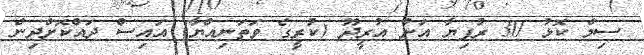
ސިމް ކޮޅު 30 ރުފިޔާ އަށް އުރީދޫ (ކުރީގެ ވަތަނިއްޔާ) އައިސް ދައްކޮށްދިން